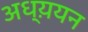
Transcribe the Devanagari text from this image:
अध्य़यन